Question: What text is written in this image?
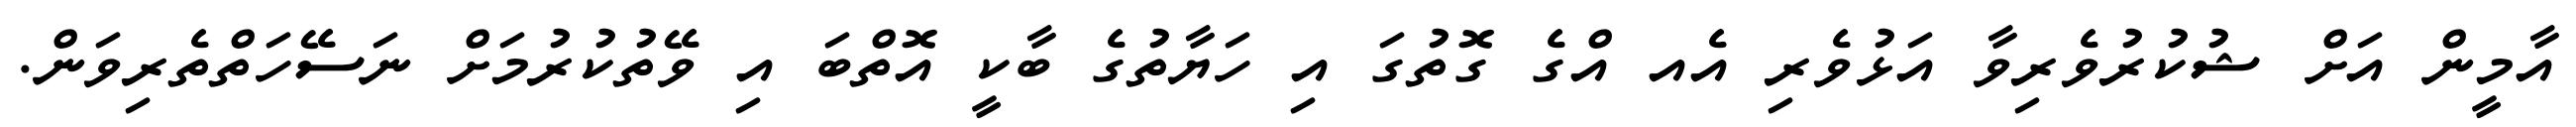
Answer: އާމީން އަށް ޝުކުރުވެރިވާ އަޅުވެރި އެއ އްގެ ގޮތުގަ އި ހަޔާތުގެ ބާކީ އޮތްބަ އި ވޭތުކުރުމަށް ނަސޭހަތްތެރިވަން.